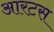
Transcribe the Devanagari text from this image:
आरटस